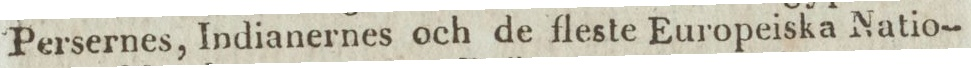
Persernes, Indianernes och de fleste Europeiska Natio-